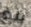
بلغ